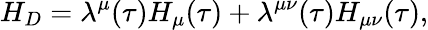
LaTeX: H_{D}=\lambda^{\mu}(\tau)H_{\mu}(\tau)+\lambda^{\mu\nu}(\tau)H_{\mu\nu}(\tau),